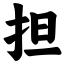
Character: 担